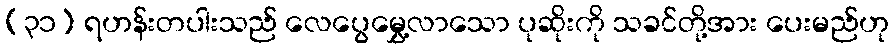
(၃၁) ရဟန်းတပါးသည် လေပွေမွှေ့လာသော ပုဆိုးကို သခင်တို့အား ပေးမည်ဟု